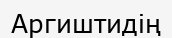
Аргиштидің